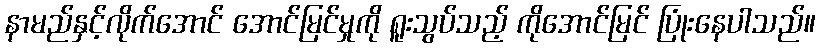
နာမည်နှင့်လိုက်အောင် အောင်မြင်မှုကို ရူးသွပ်သည့် ကိုအောင်မြင် ပြုံးနေပါသည်။